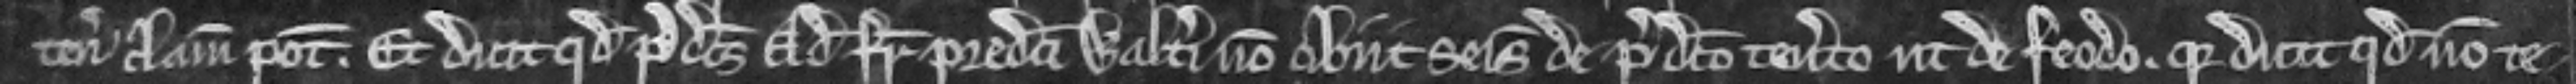
tenementum clamare potest. Et dicit quod predictus Adam frater predicti Walteri non obiit seisitus de predicto tenemento ut de feodo. quia dicit quod non te